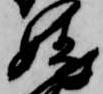
娃